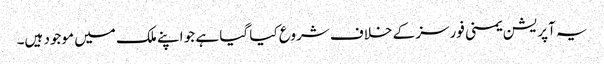
یہ آپریشن یمنی فورسز کے خلاف شروع کیا گیا ہے جو اپنے ملک میں موجود ہیں۔